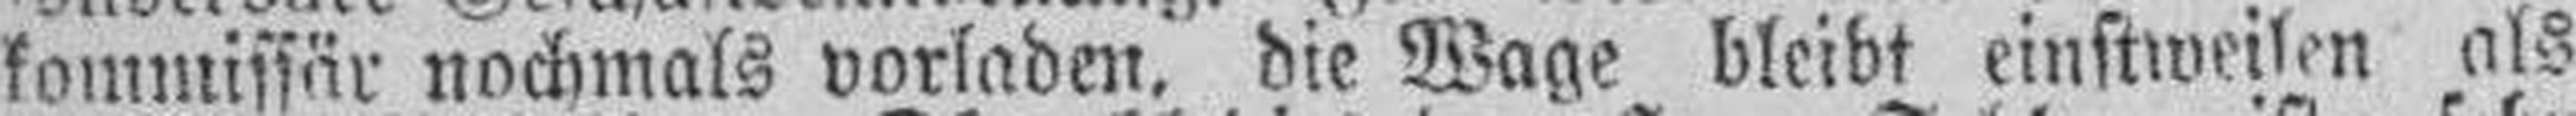
kommissär nochmals vorladen, die Wage bleibt einstweilen als